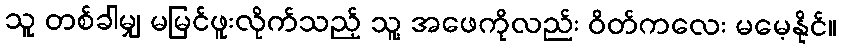
သူ တစ်ခါမျှ မမြင်ဖူးလိုက်သည့် သူ့ အဖေကိုလည်း ဝိတ်ကလေး မမေ့နိုင်။